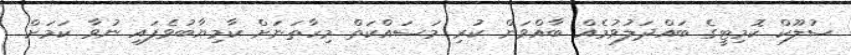
ސުލޫކް ކޮމިޓީގެ ބައްދަލުވުމެއް ބާއްވަން ކުރި މަސައްކަތް މިހާތަނަށް ކާމިޔާބުވެފައި ނުވާ ކަމަށް